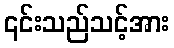
၎င်းသည်သင့်အား